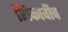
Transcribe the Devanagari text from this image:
शिकावीच